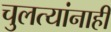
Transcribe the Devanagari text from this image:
चुलत्यांनाही